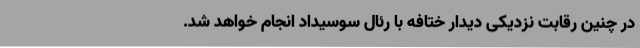
در چنین رقابت نزدیکی دیدار ختافه با رئال سوسیداد انجام خواهد شد.